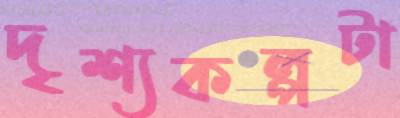
দৃশ্যকল্পটা